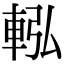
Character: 䡏